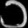
Digit: ၁